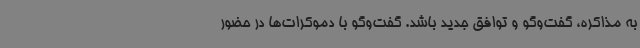
به مذاکره، گفت‌وگو و توافق جدید باشد. گفت‌وگو با دموکرات‌ها در حضور